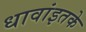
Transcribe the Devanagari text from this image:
धावांइतके